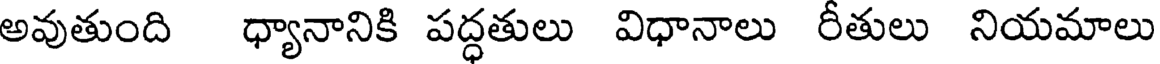
అవుతుంది ధ్యానానికి పద్ధతులు విధానాలు రీతులు నియమాలు